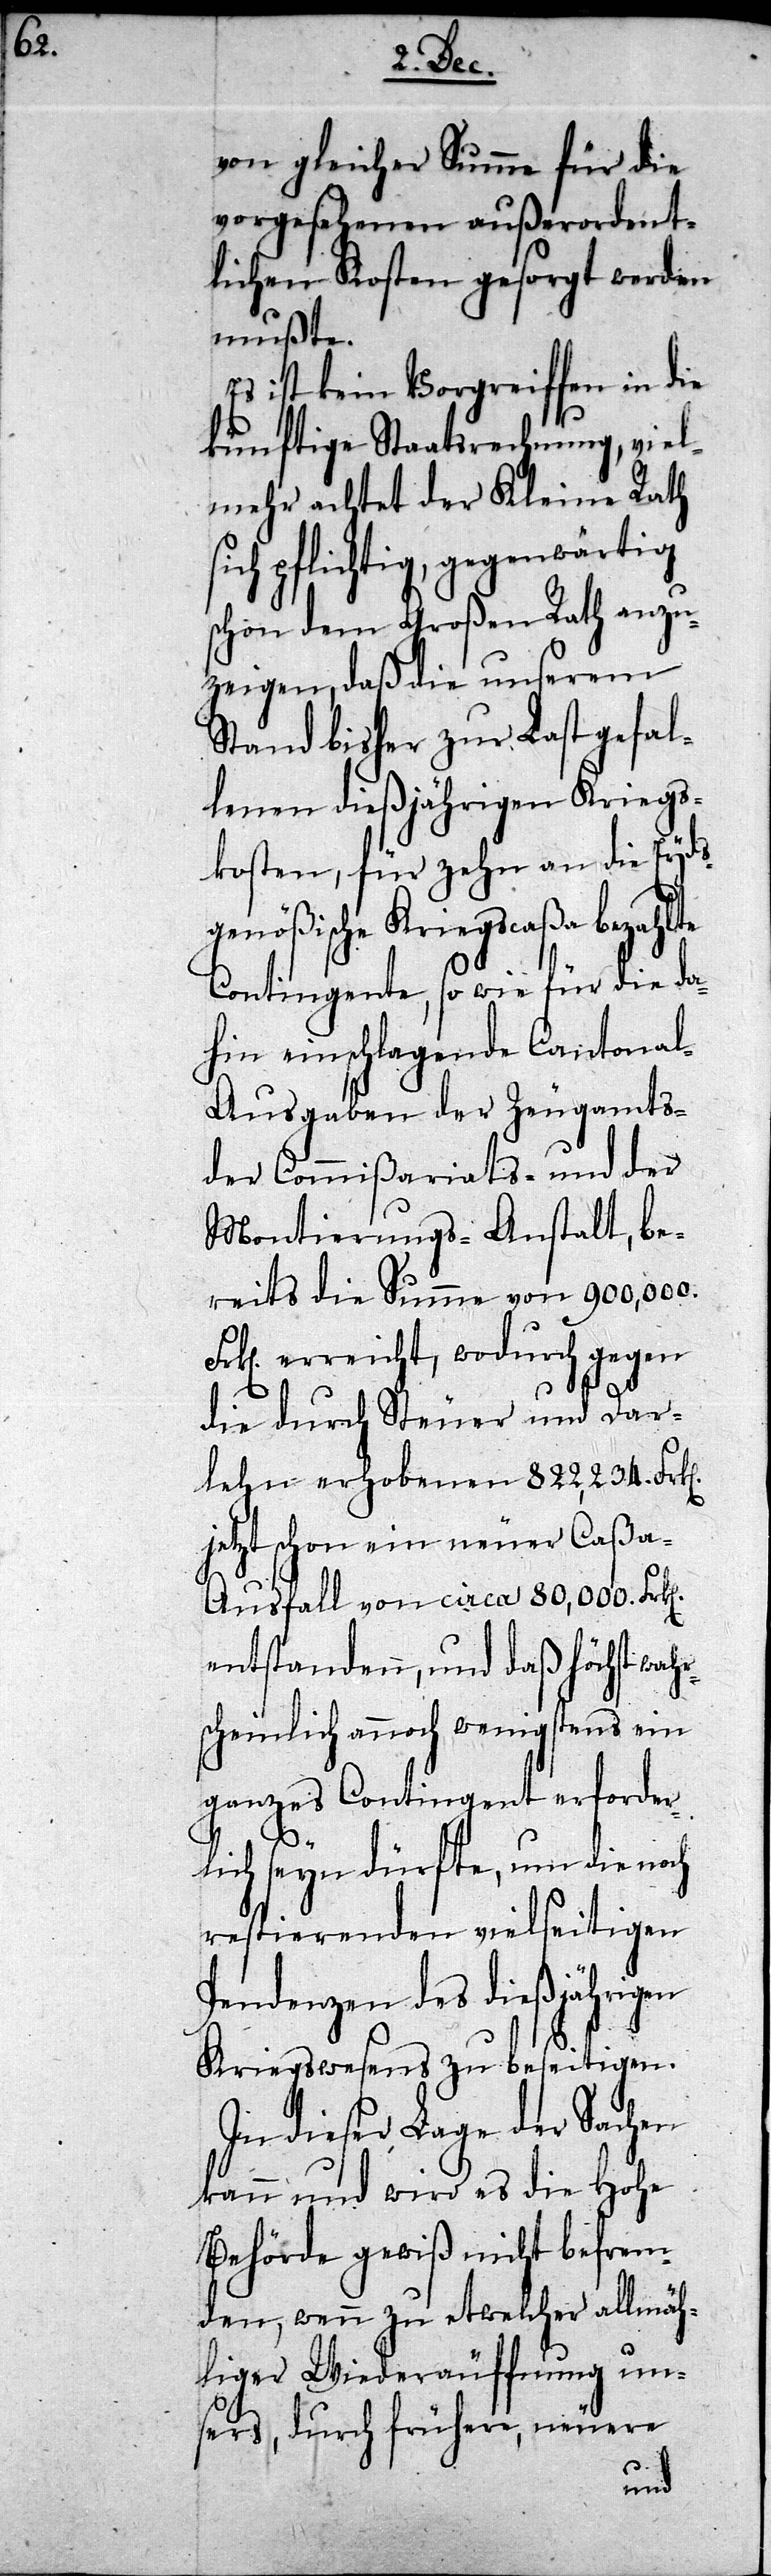
rs¬

von gleicher Summe für die
vorgesehenen außerordent¬
lichen Kosten gesorgt werden
mußte.
Es ist kein Vorgreiffen in die
künftige Staatsrechnung, viel¬
mehr achtet der Kleine Rath
ich pflichtig, gegenwärtig
schon dem Großen Rath anzu¬
zeigen, daß die unserem
Stand bisher zur Last gefal¬
lenen dießjährigen Kriegs¬
kosten, für zehn an die Eyds¬
genößische Kriegscaßa bezahlte
Contingente, so wie für die da¬
hin einschlagende Cantona¬
l-Ausgaben der Zeugamts-
der Commißariats- und der
Montierungs-Anstalt, be¬
reits die Summe von 900,000.
Frken erreicht, wodurch gegen
die durch Steuer und Dar¬
lehn erhobenen 822,234. Frken
jetzt schon ein neuer Caßa-A¬
usfall von circa 80,000. Frken
entstanden, und daß höchst wah¬
cheinlich annoch wenigstens ein
ganzes Contingent erforder¬
lich seyn dürfte, um die noch
restierenden vielseitigen
Pendenzen des dießjährigen
Kriegswesens zu beseitigen.
In dieser Lage der Sachen
kann und wird es die Hohe
Behörde gewiß nicht befrem¬
den, wenn zu etwelcher allmäh¬
liger Wiederäuffnung uns¬
ers, durch frühere, neuere